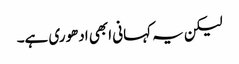
لیکن یہ کہانی ابھی ادھوری ہے۔